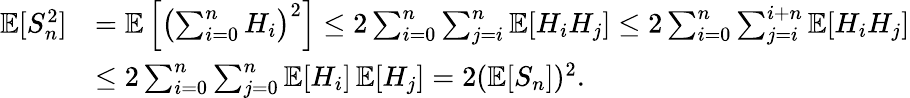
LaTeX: \begin{array}{rl}{\operatorname{\mathbb{E}}[S_{n}^{2}]}&{=\operatorname{\mathbb{E}}\left[\left(\sum_{i=0}^{n}H_{i}\right)^{2}\right]\leq 2\sum_{i=0}^{n}\sum_{j=i}^{n}\operatorname{\mathbb{E}}[H_{i}H_{j}]\leq 2\sum_{i=0}^{n}\sum_{j=i}^{i+n}\operatorname{\mathbb{E}}[H_{i}H_{j}]}\\ &{\leq 2\sum_{i=0}^{n}\sum_{j=0}^{n}\operatorname{\mathbb{E}}[H_{i}]\operatorname{\mathbb{E}}[H_{j}]=2(\operatorname{\mathbb{E}}[S_{n}])^{2}.}\end{array}